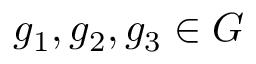
g _ { 1 } , g _ { 2 } , g _ { 3 } \in G